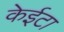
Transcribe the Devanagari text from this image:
केईटा